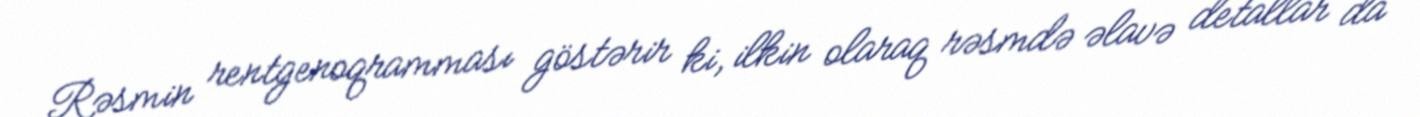
Rəsmin rentgenoqramması göstərir ki, ilkin olaraq rəsmdə əlavə detallar da